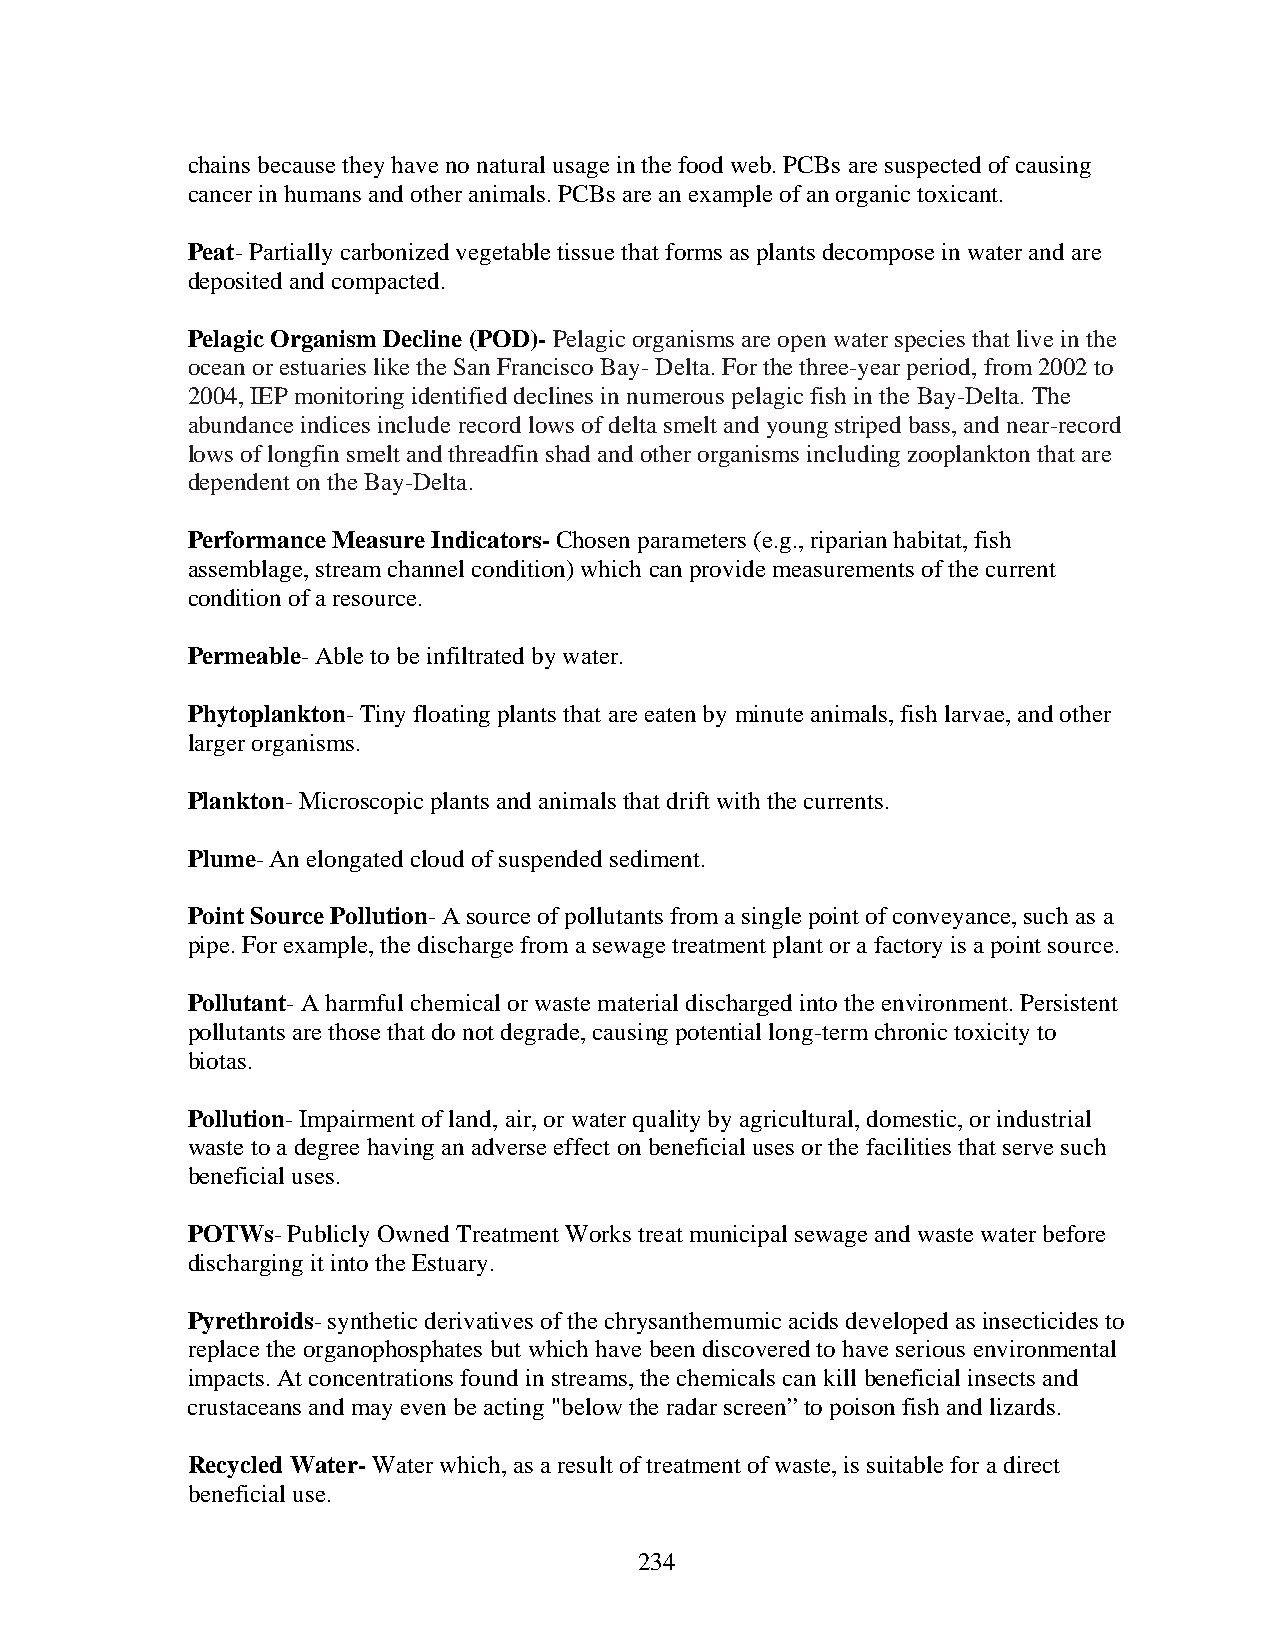
chains because they have no natural usage in the food web. PCBs are suspected of causing
 cancer in humans and other animals. PCBs are an example of an organic toxicant.
 Peat- Partially carbonized vegetable tissue that forms as plants decompose in water and are
 deposited and compacted.
 Pelagic Organism Decline (POD)- Pelagic organisms are open water species that live in the
 ocean or estuaries like the San Francisco Bay- Delta. For the three-year period, from 2002 to
 2004, IEP monitoring identified declines in numerous pelagic fish in the Bay-Delta. The
 abundance indices include record lows of delta smelt and young striped bass, and near-record
 lows of longfin smelt and threadfin shad and other organisms including zooplankton that are
 dependent on the Bay-Delta.
 Performance Measure Indicators- Chosen parameters (e.g., riparian habitat, fish
 assemblage, stream channel condition) which can provide measurements of the current
 condition of a resource.
 Permeable- Able to be infiltrated by water.
 Phytoplankton- Tiny floating plants that are eaten by minute animals, fish larvae, and other
 larger organisms.
 Plankton- Microscopic plants and animals that drift with the currents.
 Plume- An elongated cloud of suspended sediment.
 Point Source Pollution- A source of pollutants from a single point of conveyance, such as a
 pipe. For example, the discharge from a sewage treatment plant or a factory is a point source.
 Pollutant- A harmful chemical or waste material discharged into the environment. Persistent
 pollutants are those that do not degrade, causing potential long-term chronic toxicity to
 biotas.
 Pollution- Impairment of land, air, or water quality by agricultural, domestic, or industrial
 waste to a degree having an adverse effect on beneficial uses or the facilities that serve such
 beneficial uses.
 POTWs- Publicly Owned Treatment Works treat municipal sewage and waste water before
 discharging it into the Estuary.
 Pyrethroids- synthetic derivatives of the chrysanthemumic acids developed as insecticides to
 replace the organophosphates but which have been discovered to have serious environmental
 impacts. At concentrations found in streams, the chemicals can kill beneficial insects and
 crustaceans and may even be acting "below the radar screen” to poison fish and lizards.
 Recycled Water- Water which, as a result of treatment of waste, is suitable for a direct
 beneficial use.
 234